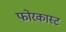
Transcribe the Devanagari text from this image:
फोरकास्ट